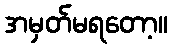
အမှတ်မရတော့။